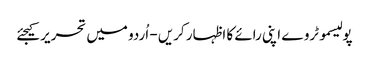
پولیسموٹروے اپنی رائے کا اظہار کریں - اُردو میں تحریر کیجئے